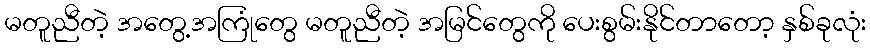
မတူညီတဲ့ အတွေ့အကြုံတွေ မတူညီတဲ့ အမြင်တွေကို ပေးစွမ်းနိုင်တာတော့ နှစ်ခုလုံး